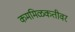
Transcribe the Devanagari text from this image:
कममिळकतीवर